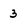
Character: 3